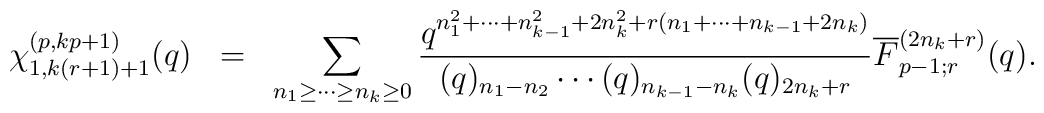
\begin{array}{rcl}\chi^{(p,kp+1)}_{1,k(r+1)+1}(q)& = &\displaystyle\sum_{n_1 \geq \cdots \geq n_{k}\geq 0}\frac{q^{n_1^2 +\cdots + n_{k-1}^2 + 2n_k^2        +r(n_1 + \cdots + n_{k-1}+2n_k )}}     {(q)_{n_1 - n_2 }\cdots (q)_{n_{k-1}-n_{k}}      (q)_{2n_{k}+r}}\overline{F}^{(2n_k +r)}_{p-1;r}(q).\end{array}